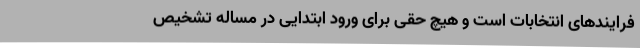
فرایندهای انتخابات است و هیچ حقی برای ورود ابتدایی در مساله تشخیص